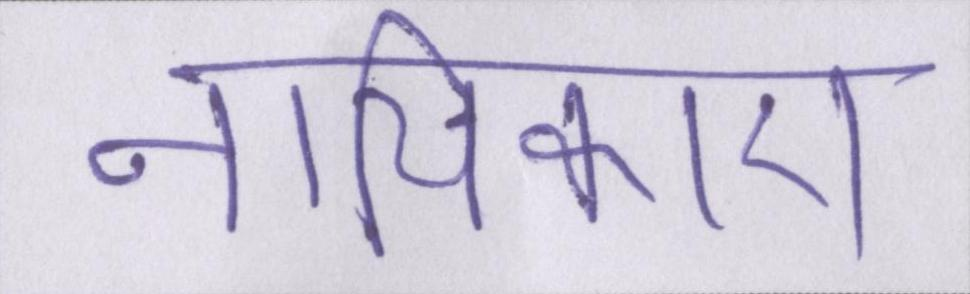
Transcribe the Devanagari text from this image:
नायिकाएं